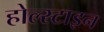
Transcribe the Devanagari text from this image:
होल्स्टाइन